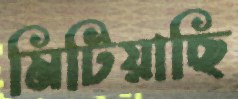
মিটিয়াছি